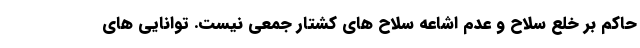
حاکم بر خلع سلاح و عدم اشاعه سلاح های کشتار جمعی نیست. توانایی های